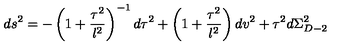
d s ^ { 2 } = - \left( 1 + \frac { \tau ^ { 2 } } { l ^ { 2 } } \right) ^ { - 1 } d \tau ^ { 2 } + \left( 1 + \frac { \tau ^ { 2 } } { l ^ { 2 } } \right) d v ^ { 2 } + \tau ^ { 2 } d \Sigma _ { D - 2 } ^ { 2 }